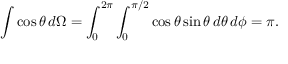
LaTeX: \int \cos \theta \, d \Omega = \int _ { 0 } ^ { 2 \pi } \int _ { 0 } ^ { \pi / 2 } \cos \theta \sin \theta \, d \theta \, d \phi = \pi .